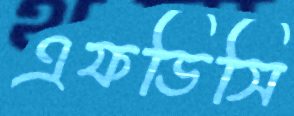
এফডিসি